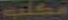
مكلت